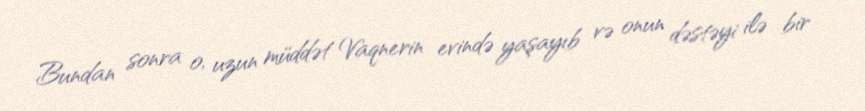
Bundan sonra o, uzun müddət Vaqnerin evində yaşayıb və onun dəstəyi ilə bir